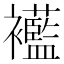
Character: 𧟋